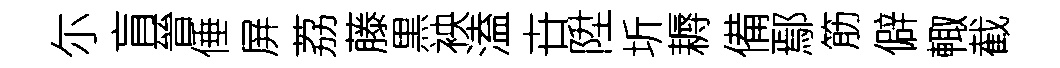
尓肓晉倕屏荔藤黒䘧溘卋陞圻耨備鄢筋僻輙截